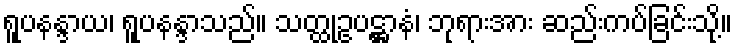
ရူပနန္ဒာယ၊ ရူပနန္ဒာသည်။ သတ္ထုဥပဋ္ဌာနံ၊ ဘုရားအား ဆည်းကပ်ခြင်းသို့။